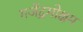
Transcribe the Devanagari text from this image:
गजेंद्रमोक्षम